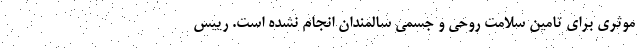
موثری برای تامین سلامت روحی و جسمی سالمندان انجام نشده است. رییس